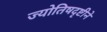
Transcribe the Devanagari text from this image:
ज्योतिषदृष्टीने